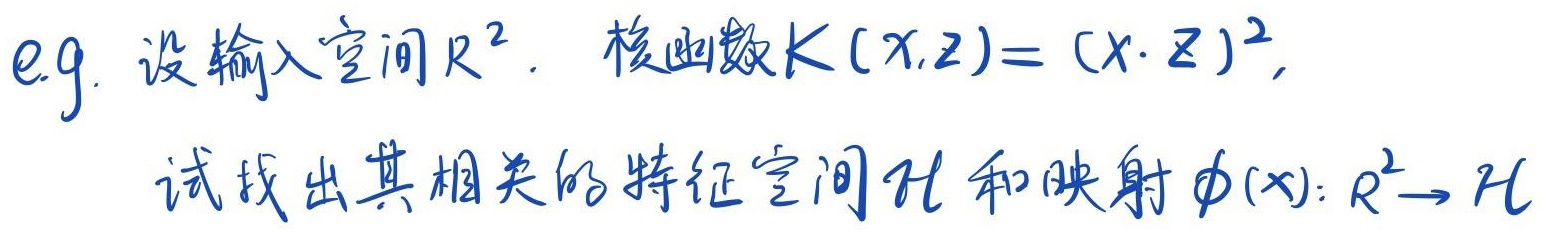
e.g. 设输入空间\(\mathbb{R}^2\)。核函数\(K(x,z)=(x\cdot z)^2\)，试找出其相关的特征空间\(\mathcal{H}\)和映射\(\phi(x):\mathbb{R}^2 \to \mathcal{H}\)